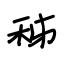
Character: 秭